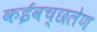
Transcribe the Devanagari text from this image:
कईवच्छलेण